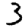
Digit: 3